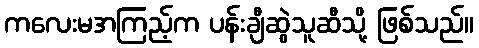
ကလေးမအကြည့်က ပန်းချီဆွဲသူဆီသို့ ဖြစ်သည်။